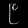
Digit: ၉